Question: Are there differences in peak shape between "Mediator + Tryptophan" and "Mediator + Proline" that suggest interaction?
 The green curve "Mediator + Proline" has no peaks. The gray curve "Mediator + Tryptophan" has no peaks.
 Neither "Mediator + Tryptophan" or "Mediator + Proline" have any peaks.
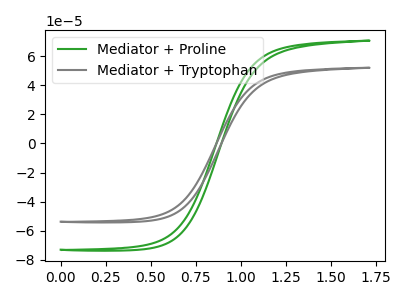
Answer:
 <answer>No, "Mediator + Tryptophan" and "Mediator + Proline" don't appear to be significantly different in shape</answer>
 <eval>no_change</eval>